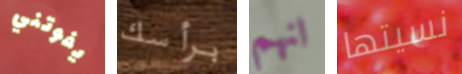
يفوتني برأسك انهم نسيتها